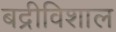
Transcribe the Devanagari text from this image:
बद्रीविशाल